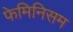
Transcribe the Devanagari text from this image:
फेमिनिसम